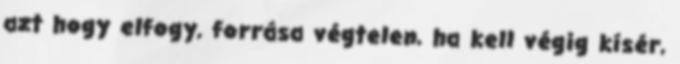
azt hogy elfogy, forrása végtelen, ha kell végig kísér,